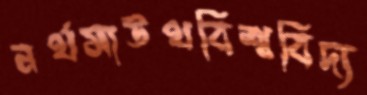
নর্থসাউথবিশ্ববিদ্য